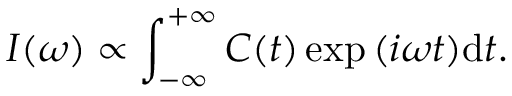
I ( \omega ) \propto \int _ { - \infty } ^ { + \infty } C ( t ) \exp { ( i \omega t ) } \mathrm { d } t .